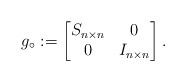
LaTeX: \begin{align*}g_\circ:=\begin{bmatrix} S_{n\times n}& 0\\ 0& I_{n\times n} \end{bmatrix}.\end{align*}